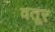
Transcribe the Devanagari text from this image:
वतूर